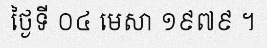
ថ្ងៃទី ០៤ មេសា ១៩៧៩ ។